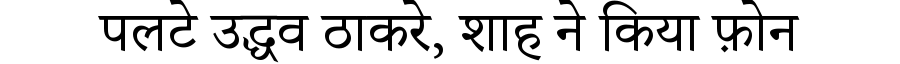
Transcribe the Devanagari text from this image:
पलटे उद्धव ठाकरे, शाह ने किया फ़ोन